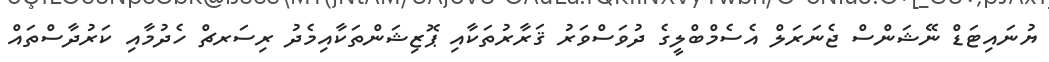
ޔުނައިޓަޑް ނޭޝަންސް ޖެނަރަލް އެސެމްބްލީގެ ދުވަސްވަރު ޤަރާރުތަކާއި ޕޮޒިޝަންތަކާއިމެދު ރިސަރޗް ހެދުމާއި ކަރުދާސްތައް